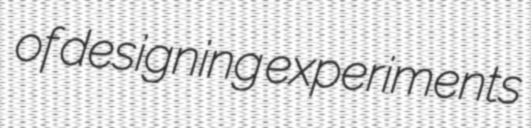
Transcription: of designing experiments